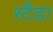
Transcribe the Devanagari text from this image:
स्टैडा